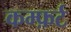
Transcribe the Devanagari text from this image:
कम्फ़र्ट